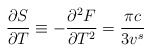
\begin{align*}\frac{\partial S}{\partial T} \equiv -\frac{\partial^2F}{\partial T^2} =\frac{\pi c}{3v^s}\end{align*}